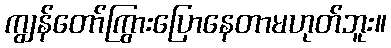
ကျွန်တော်ကြွားပြောနေတာမဟုတ်ဘူး။